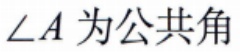
$\angle A\text{为公共角}$